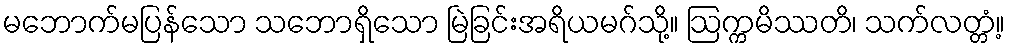
မဘောက်မပြန်သော သဘောရှိသော မြဲခြင်းအရိယမဂ်သို့။ ဩက္ကမိဿတိ၊ သက်လတ္တံ့။